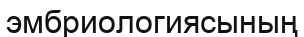
эмбриологиясының